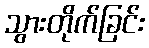
သွားတိုက်ခြင်း